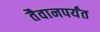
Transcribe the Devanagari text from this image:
तैवानपर्यंत